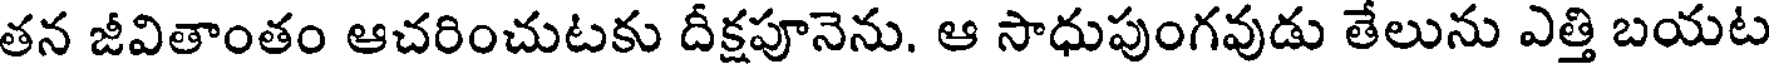
తన జీవితాంతం ఆచరించుటకు దీక్షపూనెను. ఆ సాధుపుంగవుడు తేలును ఎత్తి బయట